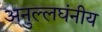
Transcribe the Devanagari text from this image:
अनुल्लघंनीय